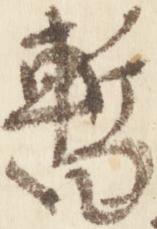
暫